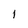
Character: l